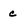
Character: c